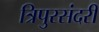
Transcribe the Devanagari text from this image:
त्रिपुरसंदरी